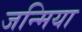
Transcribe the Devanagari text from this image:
जन्मिया